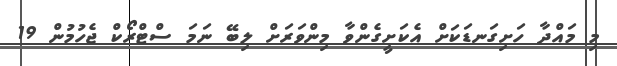
މި މައްދާ ހަށިގަނޑަކަށް އެކަށީގެންވާ މިންވަރަށް ލިބޭ ނަމަ ސްޓްރޯކް ޖެހުމުން 19